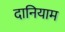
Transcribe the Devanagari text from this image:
दानियाम